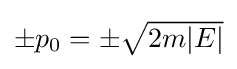
{\textstyle \pm p_{0}=\pm {\sqrt {2m|E|}}}